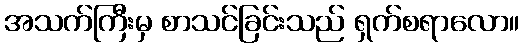
အသက်ကြီးမှ စာသင်ခြင်းသည် ရှက်စရာလော။